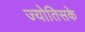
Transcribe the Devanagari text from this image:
ज्योतिसके